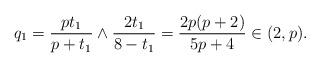
LaTeX: \begin{align*} q_1=\frac{pt_1}{p+t_1}\wedge \frac{2t_1}{8-t_1}=\frac{2p(p+2)}{5p+4}\in (2,p).\end{align*}